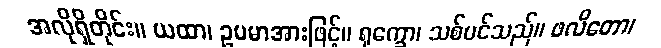
အလိုရှိတိုင်း။ ယထာ၊ ဥပမာအားဖြင့်။ ရုက္ခော၊ သစ်ပင်သည်။ ဖလိတော၊